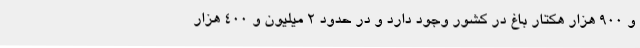
و 900 هزار هکتار باغ در کشور وجود دارد و در حدود 2 میلیون و 400 هزار